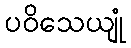
ပဝိသေယျုံ